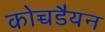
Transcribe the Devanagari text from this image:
कोच्चडैयन